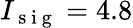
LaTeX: I_{\mathrm{~s~i~g~}}=4.8